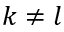
k \ne l